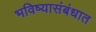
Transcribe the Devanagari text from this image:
भविष्यासंबंधात